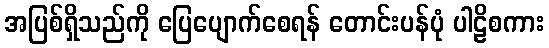
အပြစ်ရှိသည်ကို ပြေပျောက်စေရန် တောင်းပန်ပုံ ပါဠိစကား